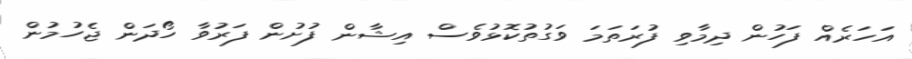
އަހަރެއް ފަހުން ދިމާވި ފުރަތަމަ ވަގުތުކޮޅުވެސް އިޝާން ފުށުން ފަރުވާ ހޯދަން ޖެހުމުން